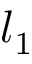
l _ { 1 }